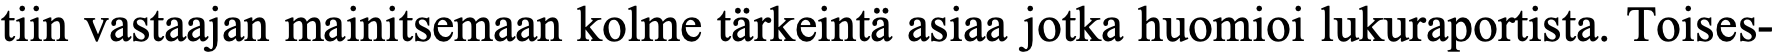
tiin vastaajan mainitsemaan kolme tärkeintä asiaa jotka huomioi lukuraportista. Toises-